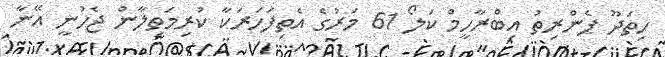
ހިތަދޫ ޕެންރިތު އިބްރާހީމް ކަލޯ 61 މަރުގެ އެތިފަހަރަކާ ކުރިމަތިލާން ޖެހުނީ އޭނާ